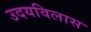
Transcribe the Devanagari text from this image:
उदयविलास